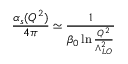
\frac { \alpha _ { s } ( Q ^ { 2 } ) } { 4 \pi } \simeq \frac { 1 } { \beta _ { 0 } \ln { \frac { Q ^ { 2 } } { \Lambda _ { L O } ^ { 2 } } } }